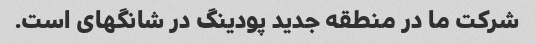
شرکت ما در منطقه جدید پودینگ در شانگهای است.